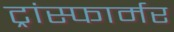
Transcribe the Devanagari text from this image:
ट्रांस्फार्मर